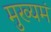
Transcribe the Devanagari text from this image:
मुख्यमं